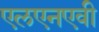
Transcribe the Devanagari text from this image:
एलएनएवी